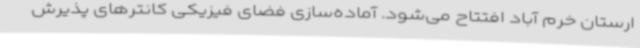
ارستان خرم آباد افتتاح می‌شود. آماده‌سازی فضای فیزیکی کانترهای پذیرش